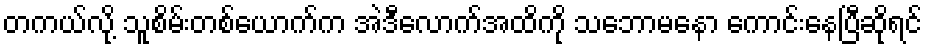
တကယ်လို့ သူစိမ်းတစ်ယောက်က အဲဒီလောက်အထိကို သဘောမနော ကောင်းနေပြီဆိုရင်